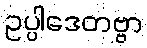
ဥပ္ပါဒေတဗ္ဗာ